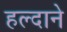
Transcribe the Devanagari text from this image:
हल्दाने